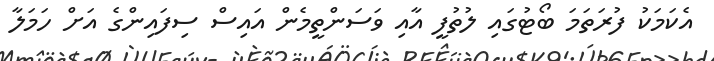
އެކަމަކު ފުރަތަމަ ބޯޓުގައި ލުތުފީ އާއި ވަސަންތީމެން އައިސް ސިފައިންގެ އަށް ހަމަލާ